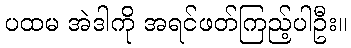
ပထမ အဲဒါကို အရင်ဖတ်ကြည့်ပါဦး။